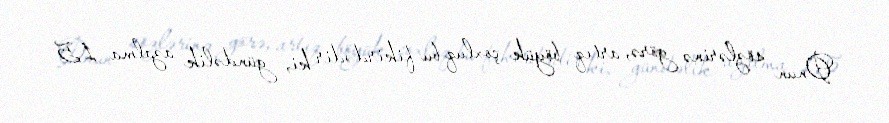
Onun sözlərinə görə, artıq böyük çoxluq bu fikirdədir ki, gündəlik azalma 1,5